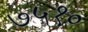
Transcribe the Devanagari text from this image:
७५१०